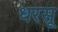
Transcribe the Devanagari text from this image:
धरसू